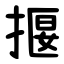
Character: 揠